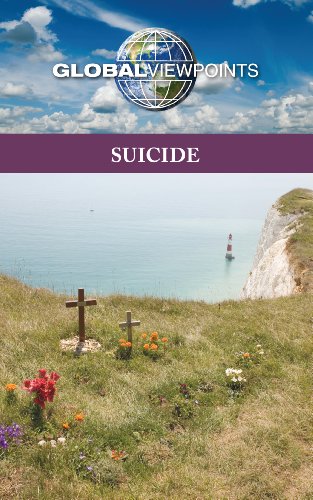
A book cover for Suicide (Global Viewpoints); Margaret Haerens; Teen & Young Adult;